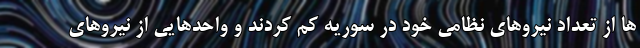
ها از تعداد نیروهای نظامی خود در سوریه کم کردند و واحدهایی از نیروهای